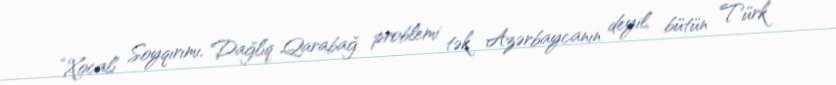
“Xocalı Soyqırımı, Dağlıq Qarabağ problemi tək Azərbaycanın deyil, bütün Türk